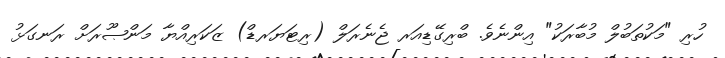
ހުރި "މަކުތަބުލް މުބާރަކު" އިންނެވެ. ބްރިގޭޑިއަރ ޖެނެރަލް (ރިޓަޔަރޑް) ޒަކަރިއްޔާ މަންޞޫރަށް ރަނގަޅު